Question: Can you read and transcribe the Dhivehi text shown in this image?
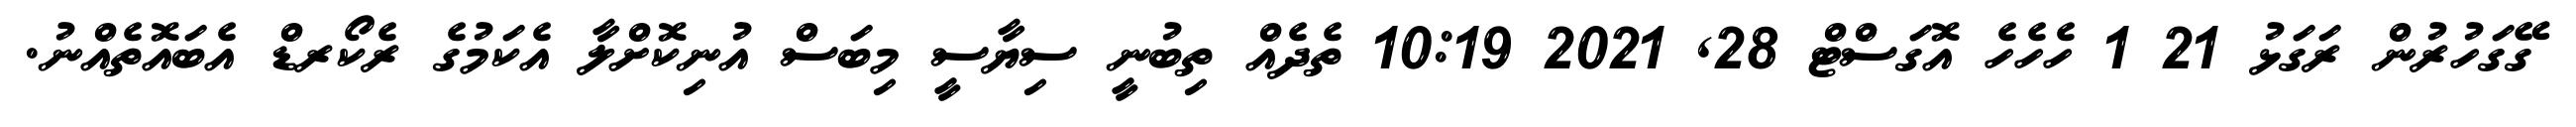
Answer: ގޭގަހުރުން ރަގަޅު 21 1 ހެހެހެ އޮގަސްޓް 28, 2021 10:19 ތެދެއް ތިބުނީ ސިޔާސީ މިބަސް އުނިކޮށްލާ އެކަމުގެ ރެކޯރޑް އެބައޮތެއްނު.